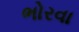
ભોરવા